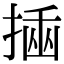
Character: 𢰔